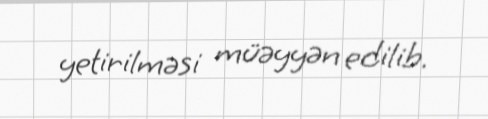
yetirilməsi müəyyən edilib.